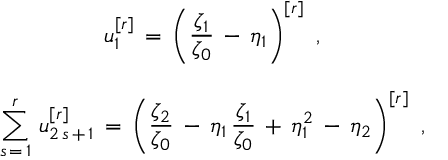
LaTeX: \begin{array} { c } { { \displaystyle { u _ { 1 } ^ { [ r ] } \, = \, \left( \frac { \zeta _ { 1 } } { \zeta _ { 0 } } \, - \, \eta _ { 1 } \right) ^ { [ r ] } \, \, , } } } \\ { { \mathrm { } } } \\ { { \displaystyle { \sum _ { s \, = \, 1 } ^ { r } \, u _ { 2 \, s \, + \, 1 } ^ { [ r ] } \, = \, \left( \frac { \zeta _ { 2 } } { \zeta _ { 0 } } \, - \, \eta _ { 1 } \, \frac { \zeta _ { 1 } } { \zeta _ { 0 } } \, + \, \eta _ { 1 } ^ { 2 } \, - \, \eta _ { 2 } \right) ^ { [ r ] } \, \, , } } } \end{array}